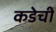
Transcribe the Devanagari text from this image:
कडेची